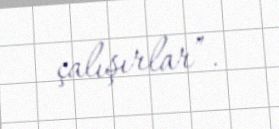
çalışırlar”.